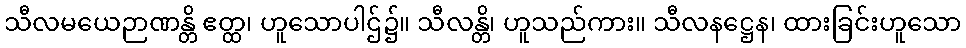
သီလမယေဉာဏန္တိ ဧတ္ထ၊ ဟူသောပါဌ်၌။ သီလန္တိ၊ ဟူသည်ကား။ သီလနဋ္ဌေန၊ ထားခြင်းဟူသော